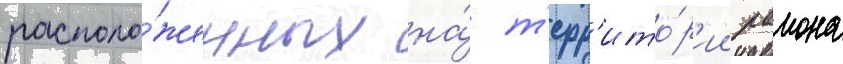
располо́женных на́ т'ерр'ито́р'ии раиона